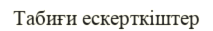
Табиғи ескерткіштер